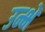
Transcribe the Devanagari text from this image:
उन्भें